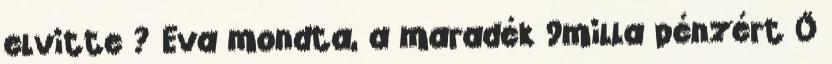
elvitte ? Eva mondta, a maradék 9milla pénzért Ő